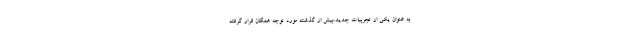
به عنوان یکی از تجربیات جدید،بیش از گذشته مورد توجه همگان قرار گرفته